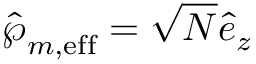
\hat { \boldsymbol { \wp } } _ { m , \mathrm { e f f } } = \sqrt { N } \hat { e } _ { z }